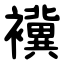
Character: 䙫